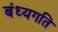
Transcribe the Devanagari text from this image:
बंध्यगति